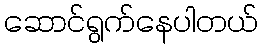
ဆောင်ရွက်နေပါတယ်